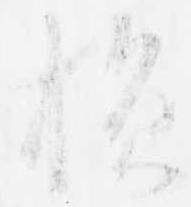
損